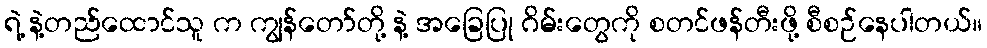
ရဲ့ နဲ့တည်ထောင်သူ က ကျွန်တော်တို့ နဲ့ အခြေပြု ဂိမ်းတွေကို စတင်ဖန်တီးဖို့ စီစဉ်နေပါတယ်။